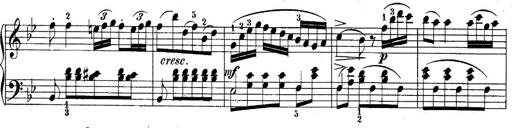
Title: 10 Sonatines progressives
Composer: Anton Schmoll